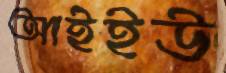
আইইউ